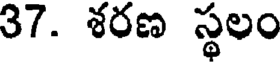
37. శరణ స్థలం